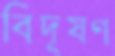
বিদূষণ